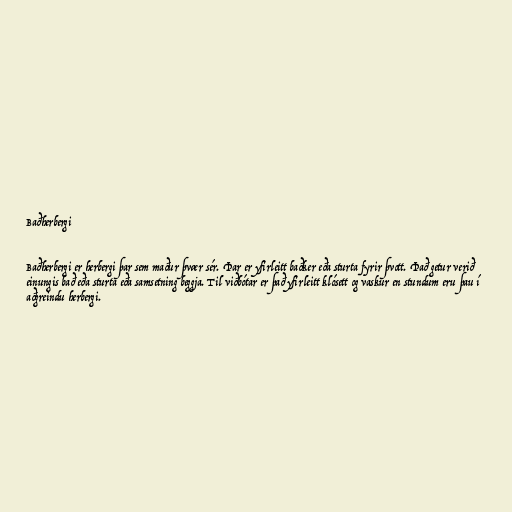
Baðherbergi

Baðherbergi er herbergi þar sem maður þvær sér. Þar er yfirleitt baðker eða sturta fyrir þvott. Það getur verið
einungis bað eða sturta eða samsetning beggja. Til viðbótar er það yfirleitt klósett og vaskur en stundum eru þau í
aðgreindu herbergi.